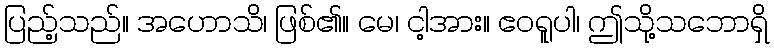
ပြည့်သည်။ အဟောသိ၊ ဖြစ်၏။ မေ၊ ငါ့အား။ ဧဝရူပါ၊ ဤသို့သဘောရှိ